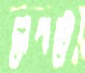
লেপটে